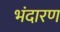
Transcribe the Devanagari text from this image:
भंदारण